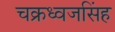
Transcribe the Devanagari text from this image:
चक्रध्वजसिंह